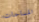
المساحات